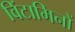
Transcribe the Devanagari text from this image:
विंटामिनों